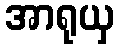
အာရုယှ